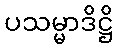
ပသမ္မာဒိဋ္ဌိ